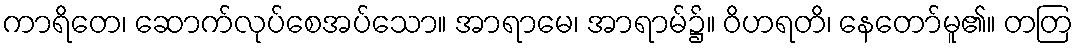
ကာရိတေ၊ ဆောက်လုပ်စေအပ်သော။ အာရာမေ၊ အာရာမ်၌။ ဝိဟရတိ၊ နေတော်မူ၏။ တတြ